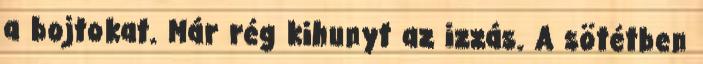
a bojtokat. Már rég kihunyt az izzás. A sötétben